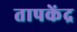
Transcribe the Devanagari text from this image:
तापकेंद्र